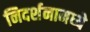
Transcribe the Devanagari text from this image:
निदर्शनामध्ये